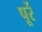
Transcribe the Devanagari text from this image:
पूर्रे